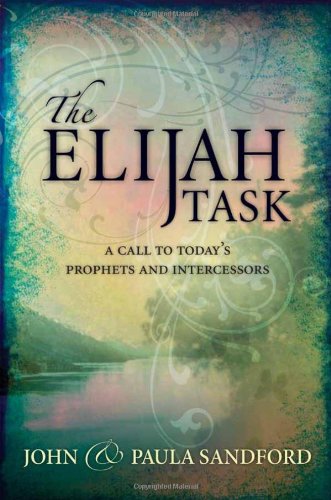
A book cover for The Elijah Task: A Call to Today's Prophets and Intercessors; John Sandford; Christian Books & Bibles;